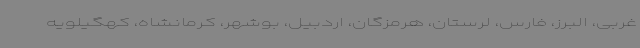
غربی، البرز، فارس، لرستان، هرمزگان، اردبیل، بوشهر، کرمانشاه، کهگیلویه